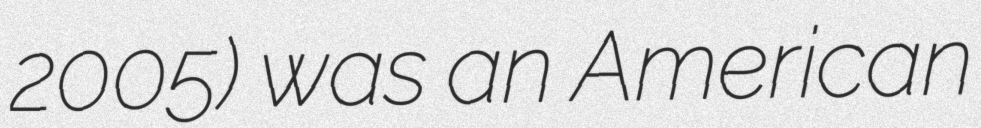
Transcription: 2005) was an American